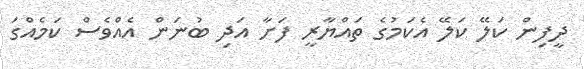
ދީފިން ކަލޭ ކަލޭ އެކަމުގެ ތައްޔާރީ ފަށާ އަދި ބުނަން އެއްވެސް ކަމެއްގަ